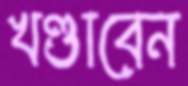
খণ্ডাবেন